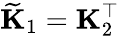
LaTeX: \widetilde{\mathbf{K}}_{1}=\mathbf{K}_{2}^{\top}